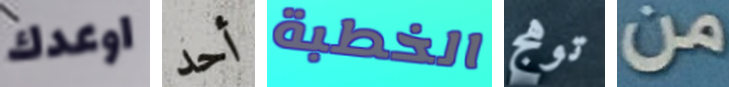
اوعدك أحد الخطبة توهج من